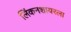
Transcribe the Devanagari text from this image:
लिंकनशायरला